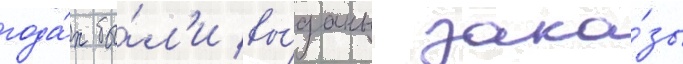
года́х бы́л'и вы́даны зака́зы